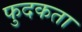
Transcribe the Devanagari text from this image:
फुदकता